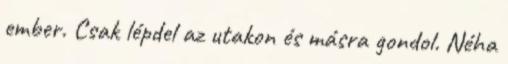
ember. Csak lépdel az utakon és másra gondol. Néha